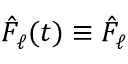
\hat { F } _ { \ell } ^ { } ( t ) \equiv \hat { F } _ { \ell } ^ { }